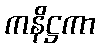
ကနိဋ္ဌကာ